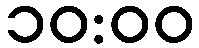
၁၀:၀၀